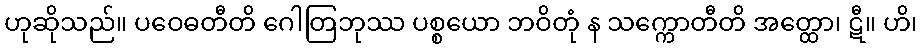
ဟုဆိုသည်။ ပဝေဓတီတိ ဂေါတြဘုဿ ပစ္စယော ဘဝိတုံ န သက္ကောတီတိ အတ္ထော၊ ဋီ။ ဟိ၊